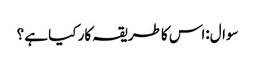
سوال:اس کا طریقہ کار کیا ہے ؟